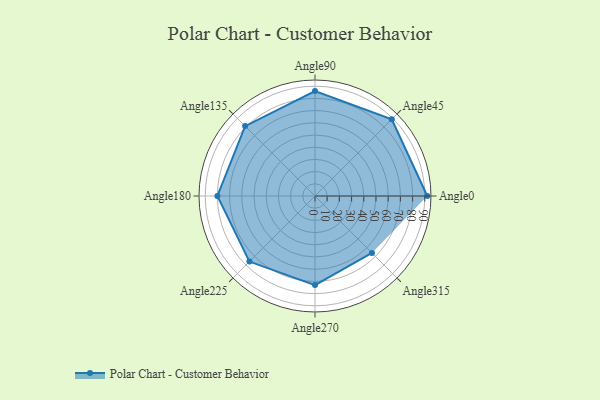
{"axis": {"x": "Angle", "y": "Radius"}, "legend": [""], "data": [{"x": "Angle0", "y": 92.0, "type": ""}, {"x": "Angle45", "y": 89.0, "type": ""}, {"x": "Angle90", "y": 86.0, "type": ""}, {"x": "Angle135", "y": 81.0, "type": ""}, {"x": "Angle180", "y": 80.0, "type": ""}, {"x": "Angle225", "y": 76.0, "type": ""}, {"x": "Angle270", "y": 73.0, "type": ""}, {"x": "Angle315", "y": 66.0, "type": ""}]}